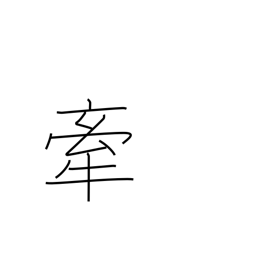
Meaning: drag